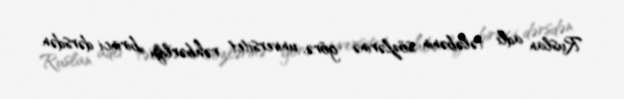
Ruslan adlı tələbənin sözlərinə görə, universitet rəhbərliyi birinci dərsdən